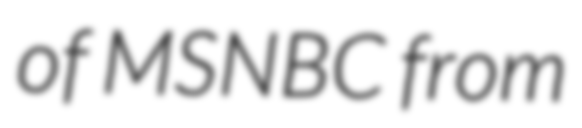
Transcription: of MSNBC from